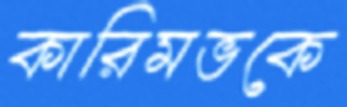
কারিমভকে